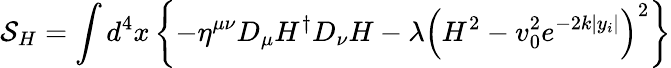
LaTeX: {\cal S}_{H}=\int d^{4}x\left\{ -\eta^{\mu\nu}D_{\mu}H^{\dagger}D_{\nu}H-\lambda\left(H^{2}-v_{0}^{2}e^{-2k|y_{i}|}\right)^{2}\right\}